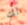
لك